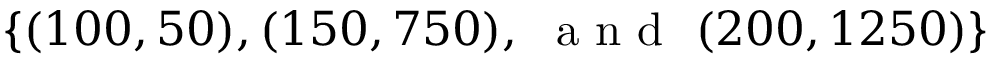
\{ ( 1 0 0 , 5 0 ) , ( 1 5 0 , 7 5 0 ) , ~ \mathrm { ~ a ~ n ~ d ~ } ~ ( 2 0 0 , 1 2 5 0 ) \}